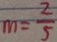
m = \frac { 2 } { 5 }